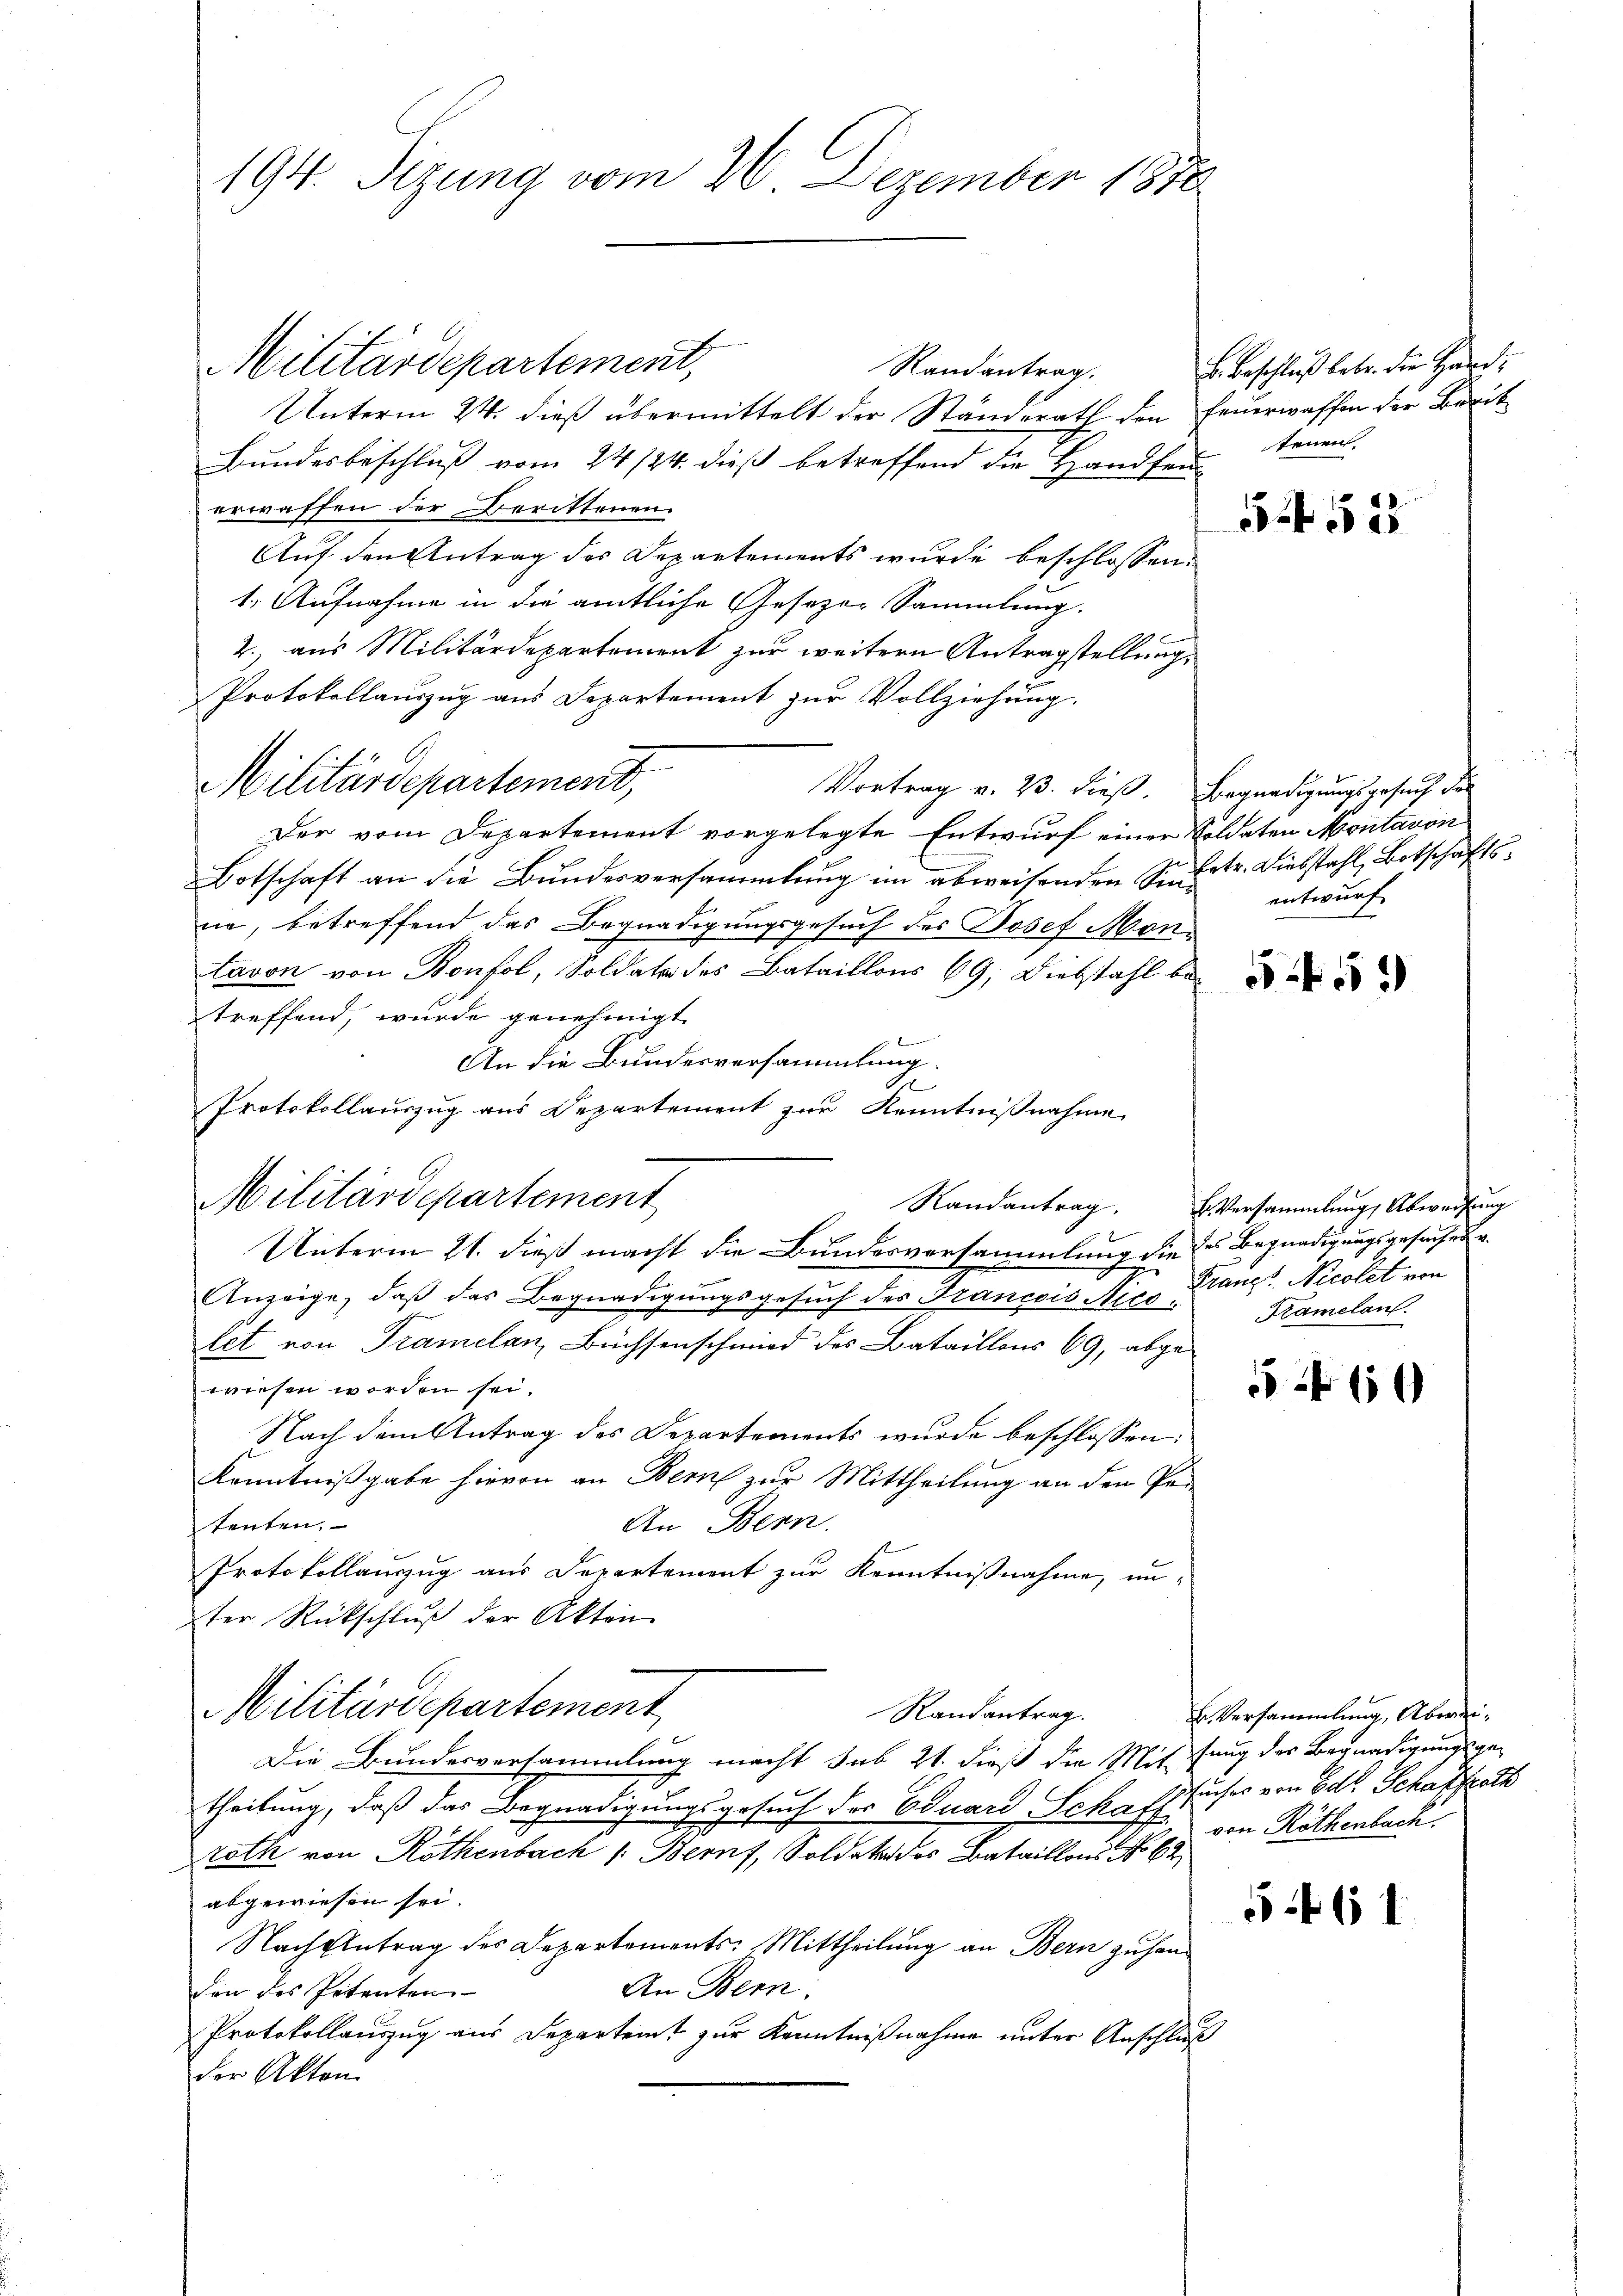
194. Sizung vom 20. Dezember 1878

Militärdepartement,

Militärdepartement,

Militärdepartement

Randantrag.
Unterm 24. dieß übermittelt der Ständerath den Feuerwaffen der Be-
Bundesbeschluß vom 24/24. dieß betreffend die Handfeuerwaffen der Berittenen.
Auf den Antrag des Departements wurde beschlossen:
1. Aufnahme in die amtliche Gesezen Sammlung.
2., aus Militärdepartement zur weitern Antragstellung
Protokollauszug aus Departement zur Vollziehung.
Vortrag v. 23. dieß. Begnadigungsgesuch der
Der vom Departement vorgelegte Entwurf einer Soldaten Montavon
Botschaft an die Bundesversammlung im abweisenden Siehete. Diebstahl, Botschaftsne, betreffend das Begnadigungsgesuch des Josef Montavon von Bonfol, Soldate des Bataillons 69, Diebstahl be-
treffend, würde genehmigt.
An die Bundesversammlung.
.
Protokollauszug aus Departement zur Kenntnißnahme
Anzeige, daß das Begnadigungsgesuch des Francois Rieslet von Tramelan, Büchsenschwird des Bataillons 69, abge-
wiesen worden sei.
Nach dem Antrag des Departements wurde beschlossen:
Kenntnißgabe hievon an Bern zur Mittheilung an den Pade
An Bern.
tenten.
Protokollauszug aus Departement zur Kenntnißnahme, un-
ter Rückschluß der Akten
Militärdepartement
Randantrag.
Die Bundesversammlung macht sub 21. dieß die Mitsung des Begnadigungsgetheilung, daß das Begnadigungsgesuch der Eduard Schaft
roth von Röthenbach /: Bern, Soldates Bataillons No 62
abgewiesen sei.
Nachgetrag des Departements: Mittheilung an Bern zuhan¬
An Bern.
den des Petenten
Protokollauszug aus Departeit zur Kenntnißnahme unter Anschluß
der Akten.

Unterm 21. dieß macht die Bundesversammlung die des Begnadigungsgesuche sr.

B. Beschluß betr. die Han
tenen.

5452

559

Randantrag. Versammlung, Abweisung
Franzt. Nicolet von
Framelauf

60

561

de

s

entwurf

b. Versammlung, Abweisuches von Ed. Schaffrath
von Röthenbach.